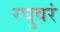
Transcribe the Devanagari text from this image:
रघुवरं